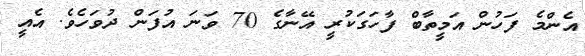
އެންމެ ފަހުން އަމީތާބް ފާހަގަކުރީ އޭނާގެ 70 ވަނަ އުފަން ދުވަހެވެ. އެއީ